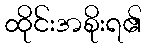
ထိုင်းအစိုးရ၏